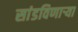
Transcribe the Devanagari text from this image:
सांडविणाऱ्या